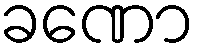
ခဏော